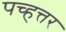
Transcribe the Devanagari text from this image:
पच्हत्तर